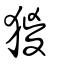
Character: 猣